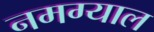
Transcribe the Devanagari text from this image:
नमग्याल